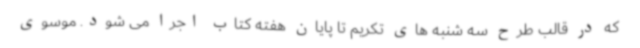
که در قالب طرح سه شنبه های تکریم تا پایان هفته کتاب اجرا می شود. موسوی